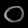
Digit: ၀